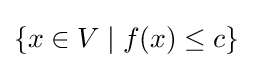
\{x\in V\mid f(x)\leq c\}